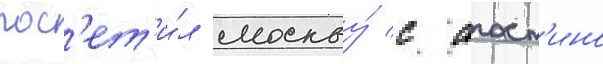
пос'ет'и́л москву́ с агост'ино